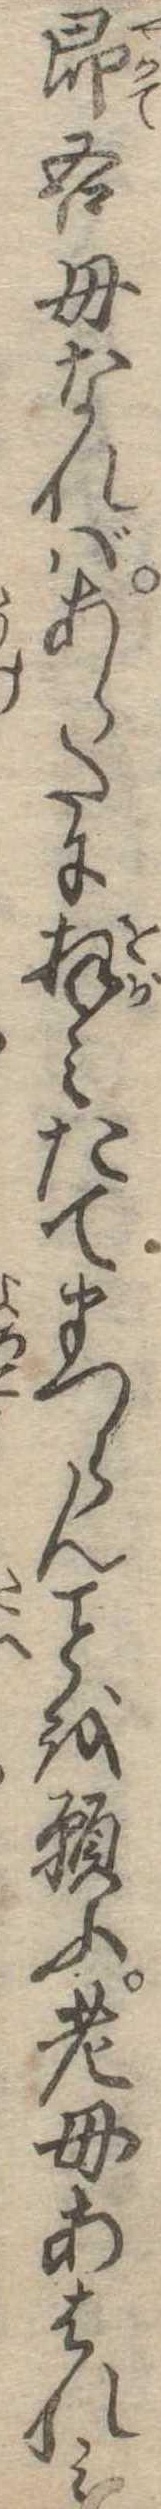
即吾母なればあらたに拝みたてまつらんを願ふ老母あはれみ